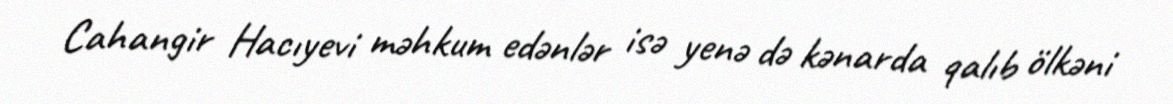
Cahangir Hacıyevi məhkum edənlər isə yenə də kənarda qalıb ölkəni